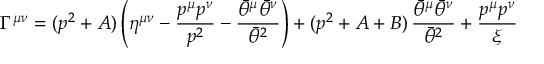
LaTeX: \Gamma ^ { \mu \nu } = ( p ^ { 2 } + A ) \left( \eta ^ { \mu \nu } - { \frac { p ^ { \mu } p ^ { \nu } } { p ^ { 2 } } } - { \frac { \bar { \theta } ^ { \mu } \bar { \theta } ^ { \nu } } { \bar { \theta } ^ { 2 } } } \right) + ( p ^ { 2 } + A + B ) \, { \frac { \bar { \theta } ^ { \mu } \bar { \theta } ^ { \nu } } { \bar { \theta } ^ { 2 } } } + { \frac { p ^ { \mu } p ^ { \nu } } { \xi } }